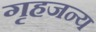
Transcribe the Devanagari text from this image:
गृहजन्य